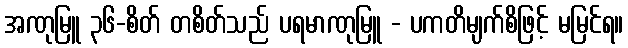
အဏုမြူ ၃၆-စိတ် တစိတ်သည် ပရမာဏုမြူ - ပကတိမျက်စိဖြင့် မမြင်ရ။